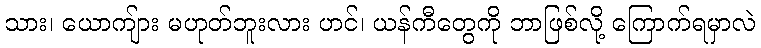
သား၊ ယောကျ်ား မဟုတ်ဘူးလား ဟင်၊ ယန်ကီတွေကို ဘာဖြစ်လို့ ကြောက်ရမှာလဲ